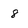
Character: 8